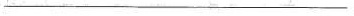
-—————